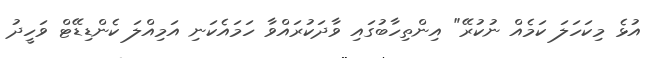
އުޅެ މިކަހަލަ ކަމެއް ނުކުރޭ" އިންތިހާބުގައި ވާދަކުރައްވާ ހަމައެކަނި އަމިއްލަ ކެންޑިޑޭޓް ވަހީދު